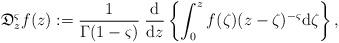
LaTeX: \begin{align*}\mathfrak{D}^{\varsigma}_{z} f(z):= \dfrac{1}{\Gamma(1-\varsigma)}\;\dfrac{\rm d}{{\rm d}z}\left\{\int_{0}^{z} f(\zeta) (z- \zeta)^{-\varsigma} {\rm d}\zeta \right\},\end{align*}